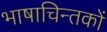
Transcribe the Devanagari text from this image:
भाषाचिन्तकों